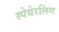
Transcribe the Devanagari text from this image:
स्पेयेरलिंग